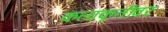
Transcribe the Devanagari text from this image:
कलाकृतींवर